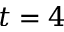
t = 4